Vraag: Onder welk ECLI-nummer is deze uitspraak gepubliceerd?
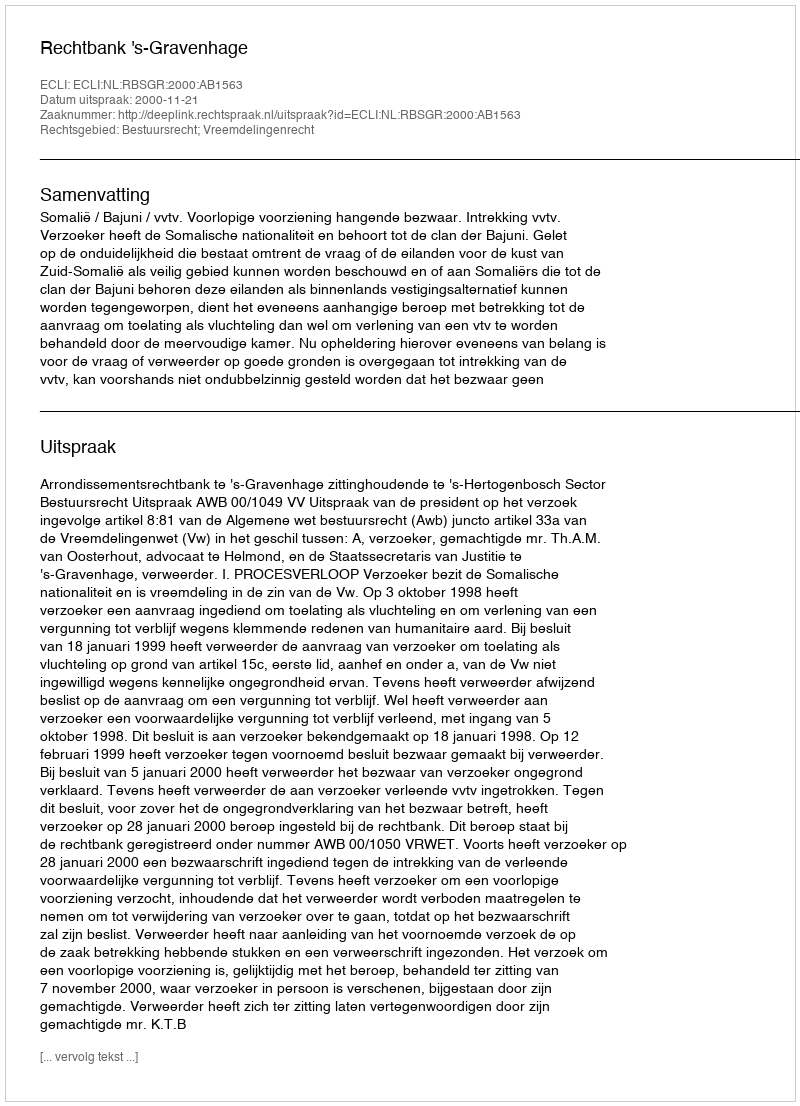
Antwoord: ECLI:NL:RBSGR:2000:AB1563